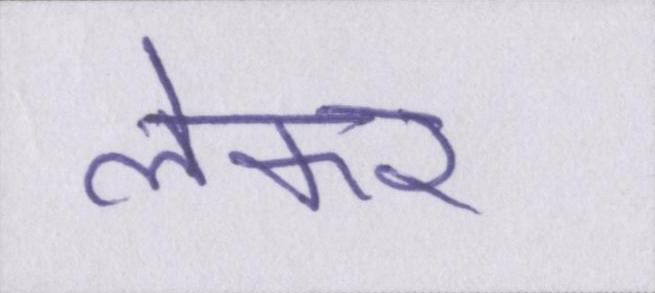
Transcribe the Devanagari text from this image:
लेकर